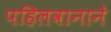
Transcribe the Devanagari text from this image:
पहिलवानाने